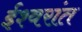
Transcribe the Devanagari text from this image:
ईश्वरांत